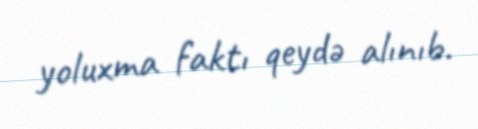
yoluxma faktı qeydə alınıb.